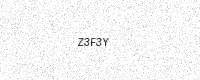
Text: Z3F3Y